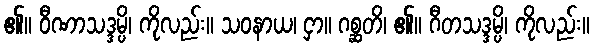
၏။ ဝီဏာသဒ္ဒမ္ပိ၊ ကိုလည်း။ သဝနာယ၊ ငှာ။ ဂစ္ဆတိ၊ ၏။ ဂီတသဒ္ဒမ္ပိ၊ ကိုလည်း။